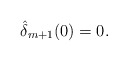
\begin{align*} \hat{\delta}_{m+1}(0)=0.\end{align*}